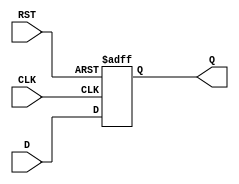
module FlipFlopRegister #(
    parameter WIDTH = 8  // Parameter for register width, default to 8 bits
)(
    input wire [WIDTH-1:0] D,      // Data input
    input wire CLK,                 // Clock input
    input wire RST,                 // Asynchronous reset
    output reg [WIDTH-1:0] Q        // Data output
);

    // Asynchronous reset and sequential logic on rising edge of the clock
    always @(posedge CLK or posedge RST) begin
        if (RST) begin
            Q <= {WIDTH{1'b0}};      // Reset register to 0
        end else begin
            Q <= D;                  // Capture input data on clock edge
        end
    end

endmodule